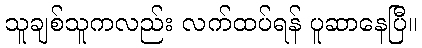
သူချစ်သူကလည်း လက်ထပ်ရန် ပူဆာနေပြီ။